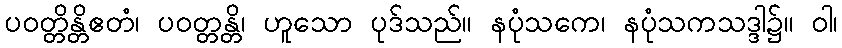
ပဝတ္တိန္တိဧတံ၊ ပဝတ္တန္တိ၊ ဟူသော ပုဒ်သည်။ နပုံသကေ၊ နပုံသကသဒ္ဒါ၌။ ဝါ၊